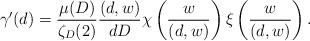
LaTeX: \begin{align*} \gamma'(d)=\frac{\mu(D)}{\zeta_D(2)}\frac{(d,w)}{dD}\chi \left(\frac{w}{(d,w)}\right)\xi \left(\frac{w}{(d,w)}\right). \end{align*}